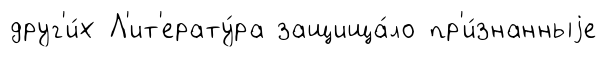
друг'и́х Л'ит'ерату́ра защища́ло пр'и́знанныjе